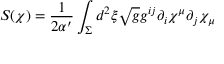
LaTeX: S ( \chi ) = \frac { 1 } { 2 \alpha ^ { \prime } } \int _ { \Sigma } d ^ { 2 } \xi \sqrt { g } g ^ { i j } \partial _ { i } \chi ^ { \mu } \partial _ { j } \chi _ { \mu }